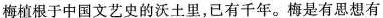
梅植根于中国文艺史的沃土里，已有千年。梅是有思想有